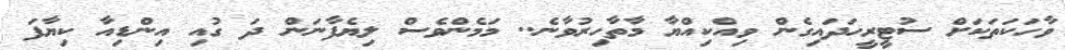
ވާހަކަތަކަަށް ސުޓީރީހަދައިގެން ވިއްކިއްޔާ މާތާހިރުވާނެ.. މަމެންވެސް ލިޔެފާނަން ދަ ގުއި އިންޑިއާ ކިޔާފަ